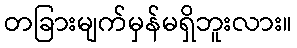
တခြားမျက်မှန်မရှိဘူးလား။